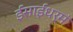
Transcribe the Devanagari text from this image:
ईसाईधर्मं